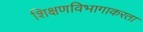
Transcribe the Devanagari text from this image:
शिक्षणविभागाकरता